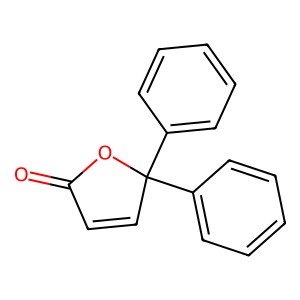
SMILES: O=C1C=CC(c2ccccc2)(c2ccccc2)O1
Inhibits HIV replication: No